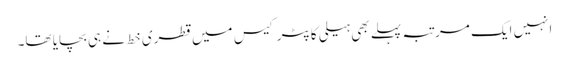
انہیں ایک مرتبہ پہلے بھی ہیلی کاپٹر کیس میں قطری خط نے ہی بچایا تھا۔